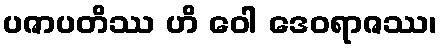
ပဇာပတိဿ ဟိ ဝေါ ဒေဝရာဇဿ၊